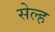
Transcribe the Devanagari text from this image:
सेल्‍ह